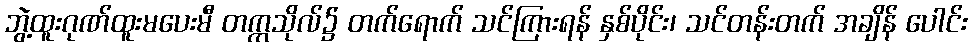
ဘွဲ့ထူးဂုဏ်ထူးမပေးမီ တက္ကသိုလ်၌ တက်ရောက် သင်ကြားရန် နှစ်ပိုင်း၊ သင်တန်းတက် အချိန် ပေါင်း